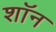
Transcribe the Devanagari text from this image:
शाॅन